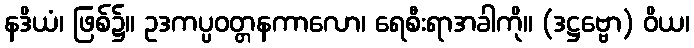
နဒိယံ၊ ဖြစ်၌။ ဥဒကပ္ပဝတ္တနကာလော၊ ရေစီးရာအခါကို။ (ဒဋ္ဌဗ္ဗော) ဝိယ၊